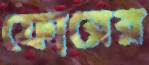
ফোরের